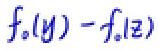
\[ f_{\circ}(y)-f_{\circ}(z) \]